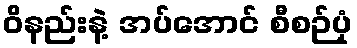
ဝိနည်းနဲ့ အပ်အောင် စီစဉ်ပုံ